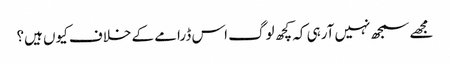
مجھے سمجھ نہیں آرہی کہ کچھ لوگ اس ڈرامے کے خلاف کیوں ہیں؟